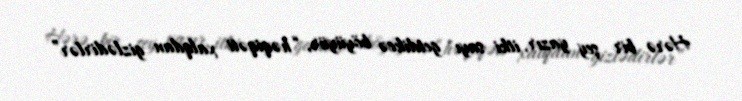
Hərə bir şey yazır, itki sayı getdikcə böyüyür, “həqiqəti xalqdan gizlədirlər”